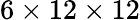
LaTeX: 6\times 12\times 12